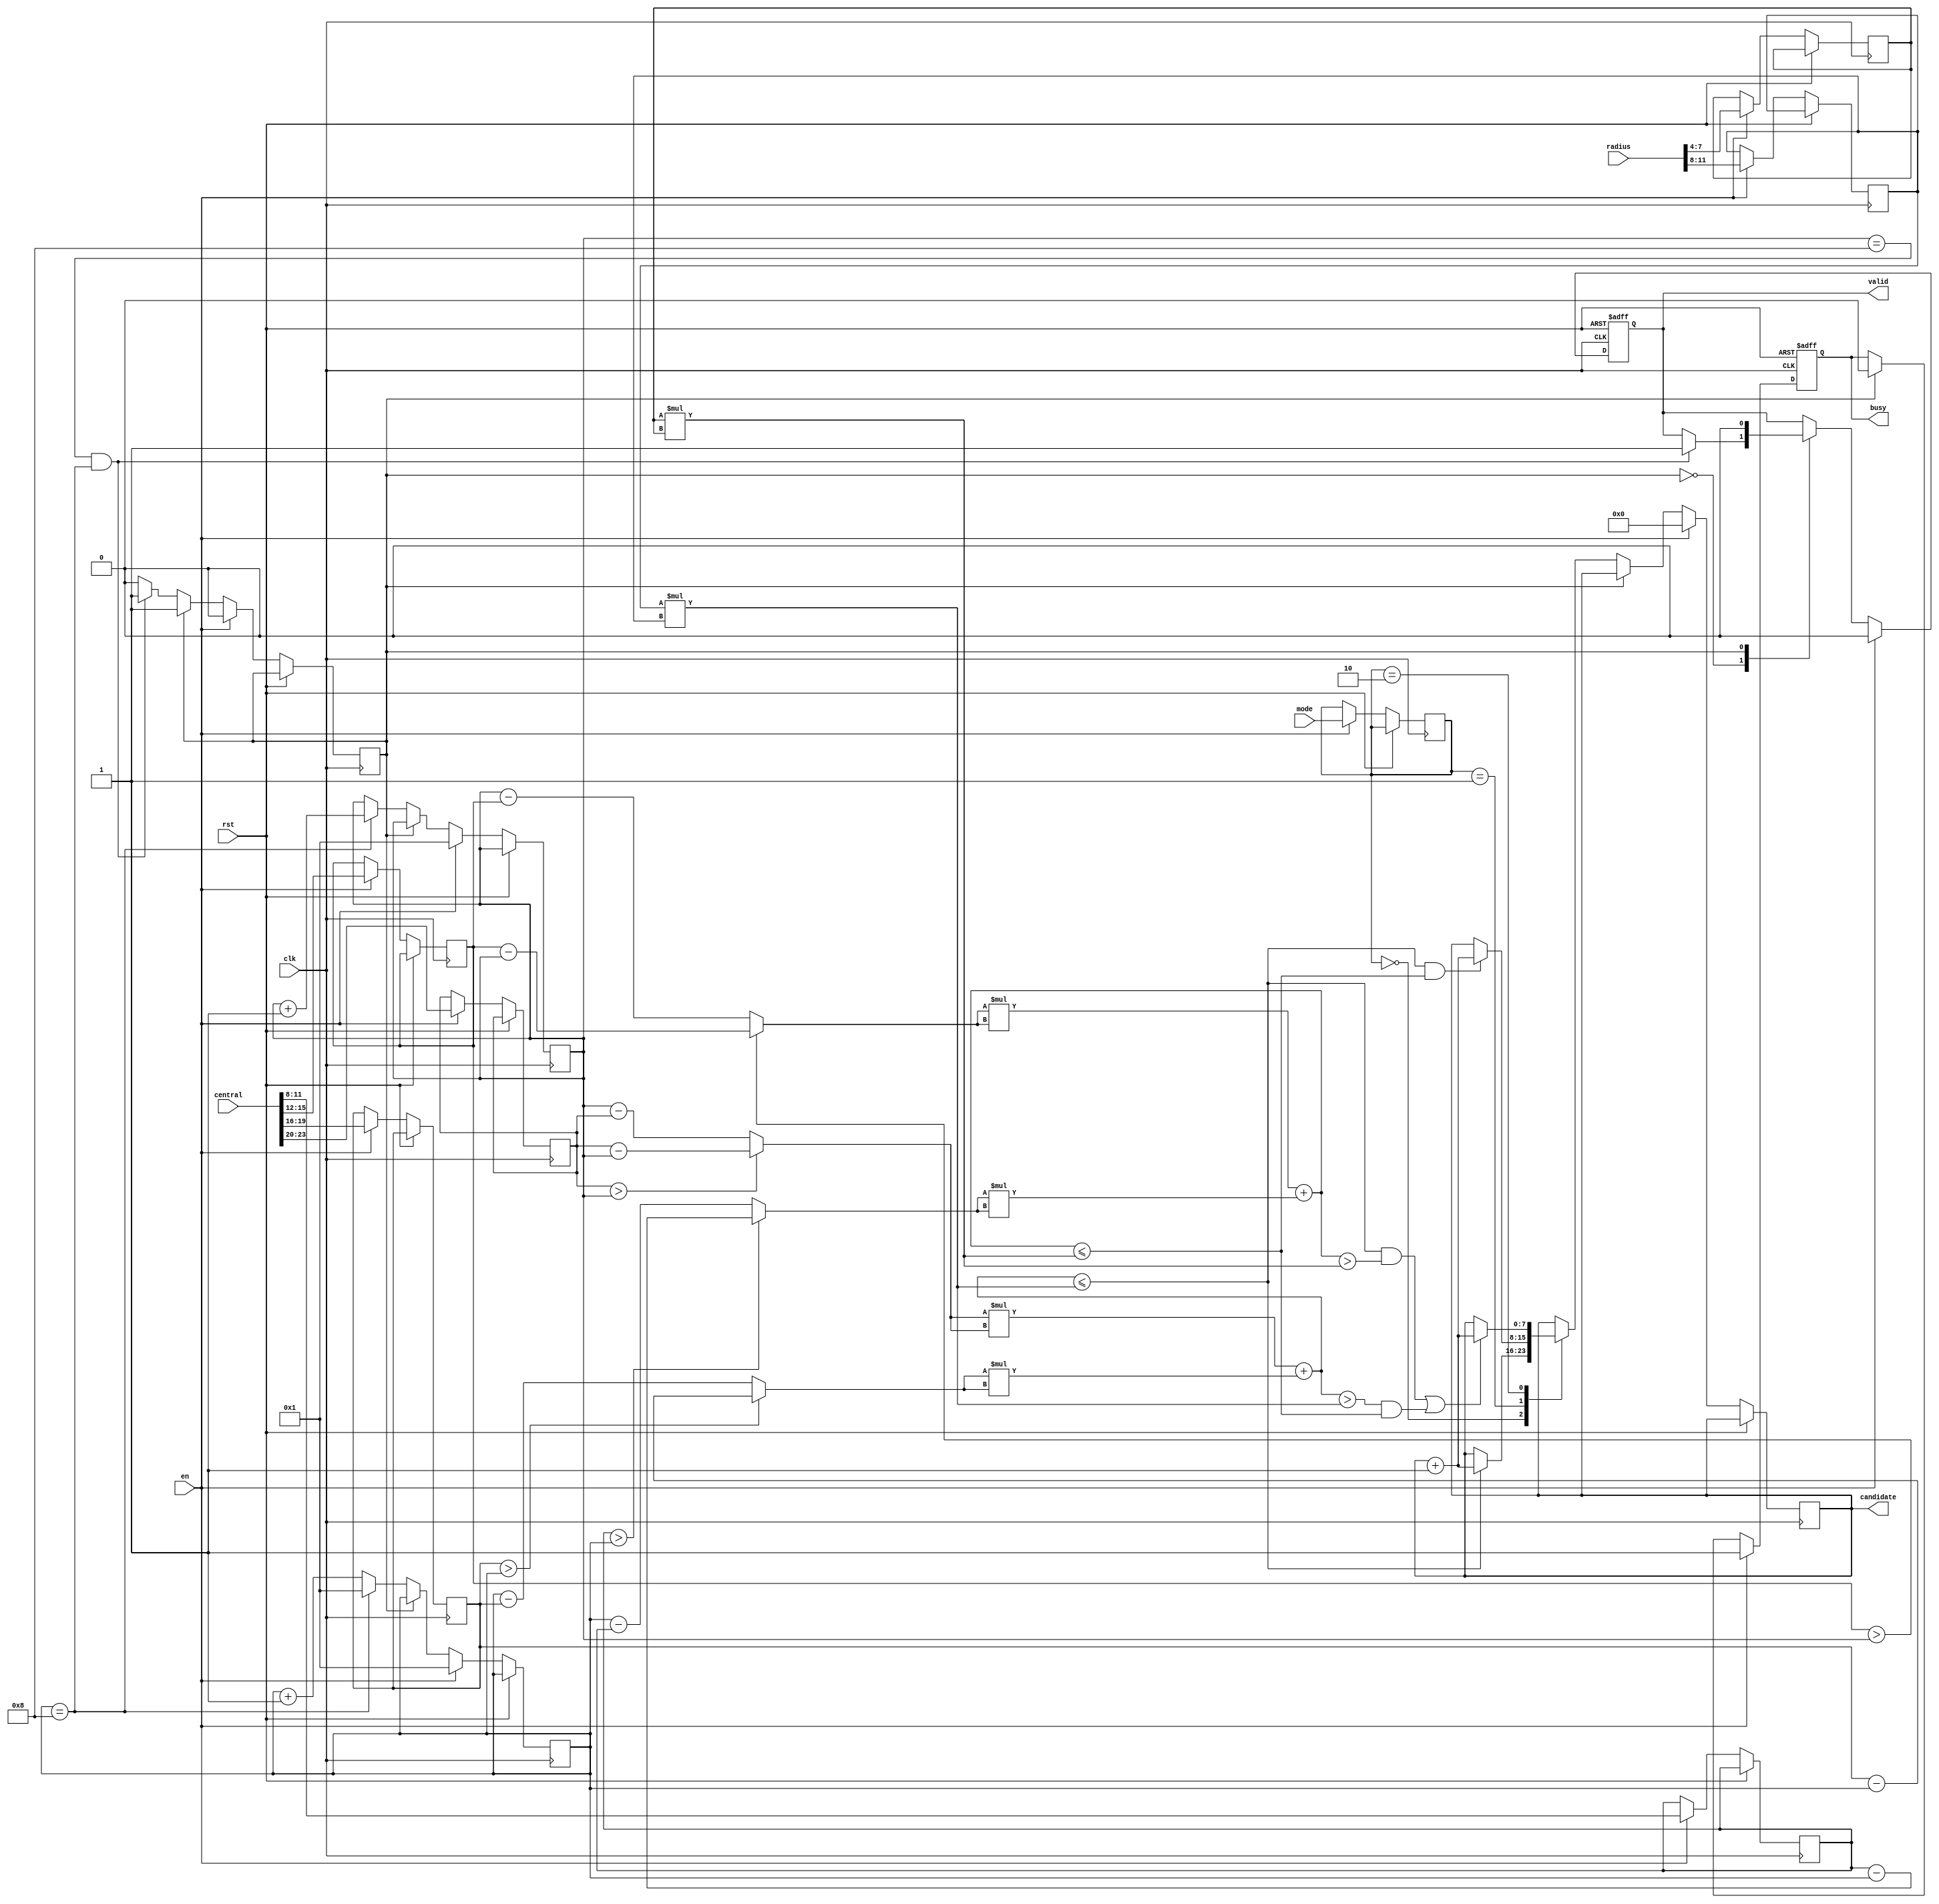
module SET ( clk , rst, en, central, radius, mode, busy, valid, candidate );

input clk, rst;
input en;
input [23:0] central;
input [11:0] radius;
input [1:0] mode;
output busy;
output valid;
output [7:0]candidate;
reg busy;
reg valid;
reg [7:0]candidate;

reg [3:0]x;
reg [3:0]y;
reg [3:0]x1;
reg [3:0]y1;
reg [3:0]x2;
reg [3:0]y2;
reg [3:0]r1;
reg [3:0]r2;
reg state;
reg [1:0]m;
reg [7:0]r1_square;
reg [7:0]r2_square;
reg [3:0]x1_difference;
reg [3:0]y1_difference;
reg [3:0]x2_difference;
reg [3:0]y2_difference;
reg [7:0]x1_length_square;
reg [7:0]y1_length_square;
reg [7:0]x2_length_square;
reg [7:0]y2_length_square;


parameter op = 0;
parameter out = 1;

always @(posedge rst  or posedge clk)
begin
    if(rst)
    begin
        valid<=0;
        busy<=0;
    end
    else if(en)
    begin
        valid<=0;
        m<=mode;
        x1<=central[23:20];
        y1<=central[19:16];
        x2<=central[15:12];
        y2<=central[11:8];
        r1<=radius[11:8];
        r2<=radius[7:4];
        x<=1;
        y<=1;
        busy<=1;
        state<=op;
        candidate<=0;
    end
    else
    begin
        case (state)
            op:
            begin
                case (m)
                    2'b00 ://|A|
                    begin
                        if((x1_length_square + y1_length_square) <= r1_square)
                            candidate <= candidate+1;
                        else
                            candidate <= candidate;
                    end
                    2'b01://|A intersect B|
                    begin
                        if((x1_length_square + y1_length_square) <= r1_square && (x2_length_square + y2_length_square) <= r2_square)
                            candidate <= candidate+1;
                        else
                            candidate <= candidate;
                    end
                    2'b10://|A - B|
                    begin
                        if(((x1_length_square + y1_length_square) <= r1_square && (x2_length_square + y2_length_square) > r2_square)
                                || ((x1_length_square + y1_length_square) > r1_square && (x2_length_square + y2_length_square) <= r2_square))
                            candidate <= candidate+1;
                        else
                            candidate <= candidate;
                    end
                    default:
                        ;
                endcase
                if(y==8)
                begin
                    x<=x+1;
                    y<=1;
                end
                else
                    y<=y+1;
                if(x==8 && y==8)
                begin
                    state<=out;
                    valid<=1;
                end
            end
            out:
            begin
                busy<=0;
                valid<=0;
            end
            default:
                ;
        endcase
    end
end
always @(*)
begin
    x1_length_square = x1_difference * x1_difference;
    x2_length_square = x2_difference * x2_difference;
    y1_length_square = y1_difference * y1_difference;
    y2_length_square = y2_difference * y2_difference;
end
always @(*)
begin
    r1_square = r1*r1;
    r2_square = r2*r2;
end
always @(*)
begin
    x1_difference = (x1>x)?x1-x:x-x1;
    x2_difference = (x2>x)?x2-x:x-x2;
    y1_difference = (y1>y)?y1-y:y-y1;
    y2_difference = (y2>y)?y2-y:y-y2;
end
endmodule